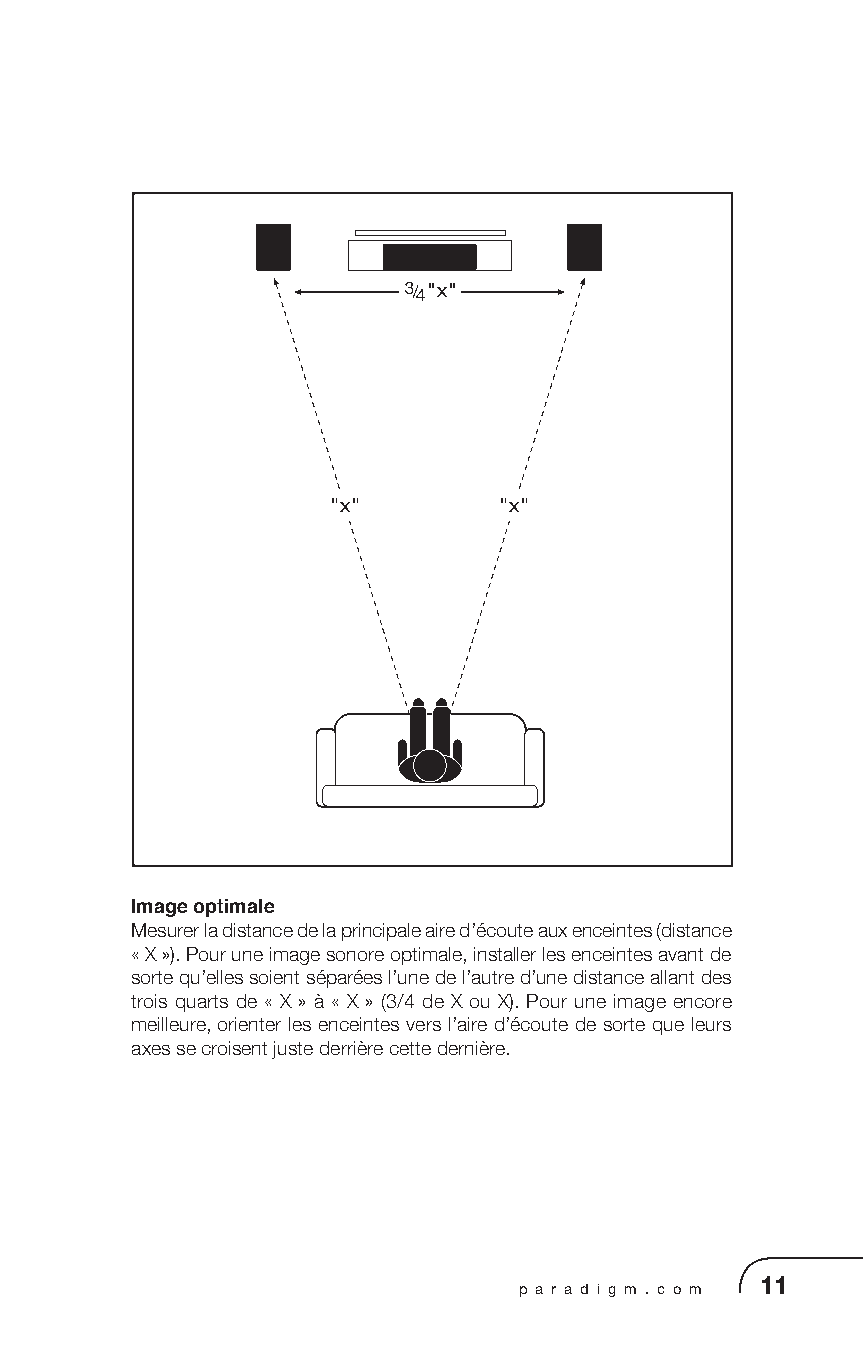
Image optimale
 Mesurer la distance de la principale aire d’écoute aux enceintes (distance
 « X »). Pour une image sonore optimale, installer les enceintes avant de
 sorte qu’elles soient séparées l’une de l’autre d’une distance allant des
 trois quarts de « X » à « X » (3/4 de X ou X). Pour une image encore
 meilleure, orienter les enceintes vers l’aire d’écoute de sorte que leurs
 axes se croisent juste derrière cette dernière.
 p a r a d i g m . c o m 11